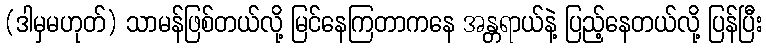
(ဒါမှမဟုတ်) သာမန်ဖြစ်တယ်လို့ မြင်နေကြတာကနေ အန္တရာယ်နဲ့ ပြည့်နေတယ်လို့ ပြန်ပြီး